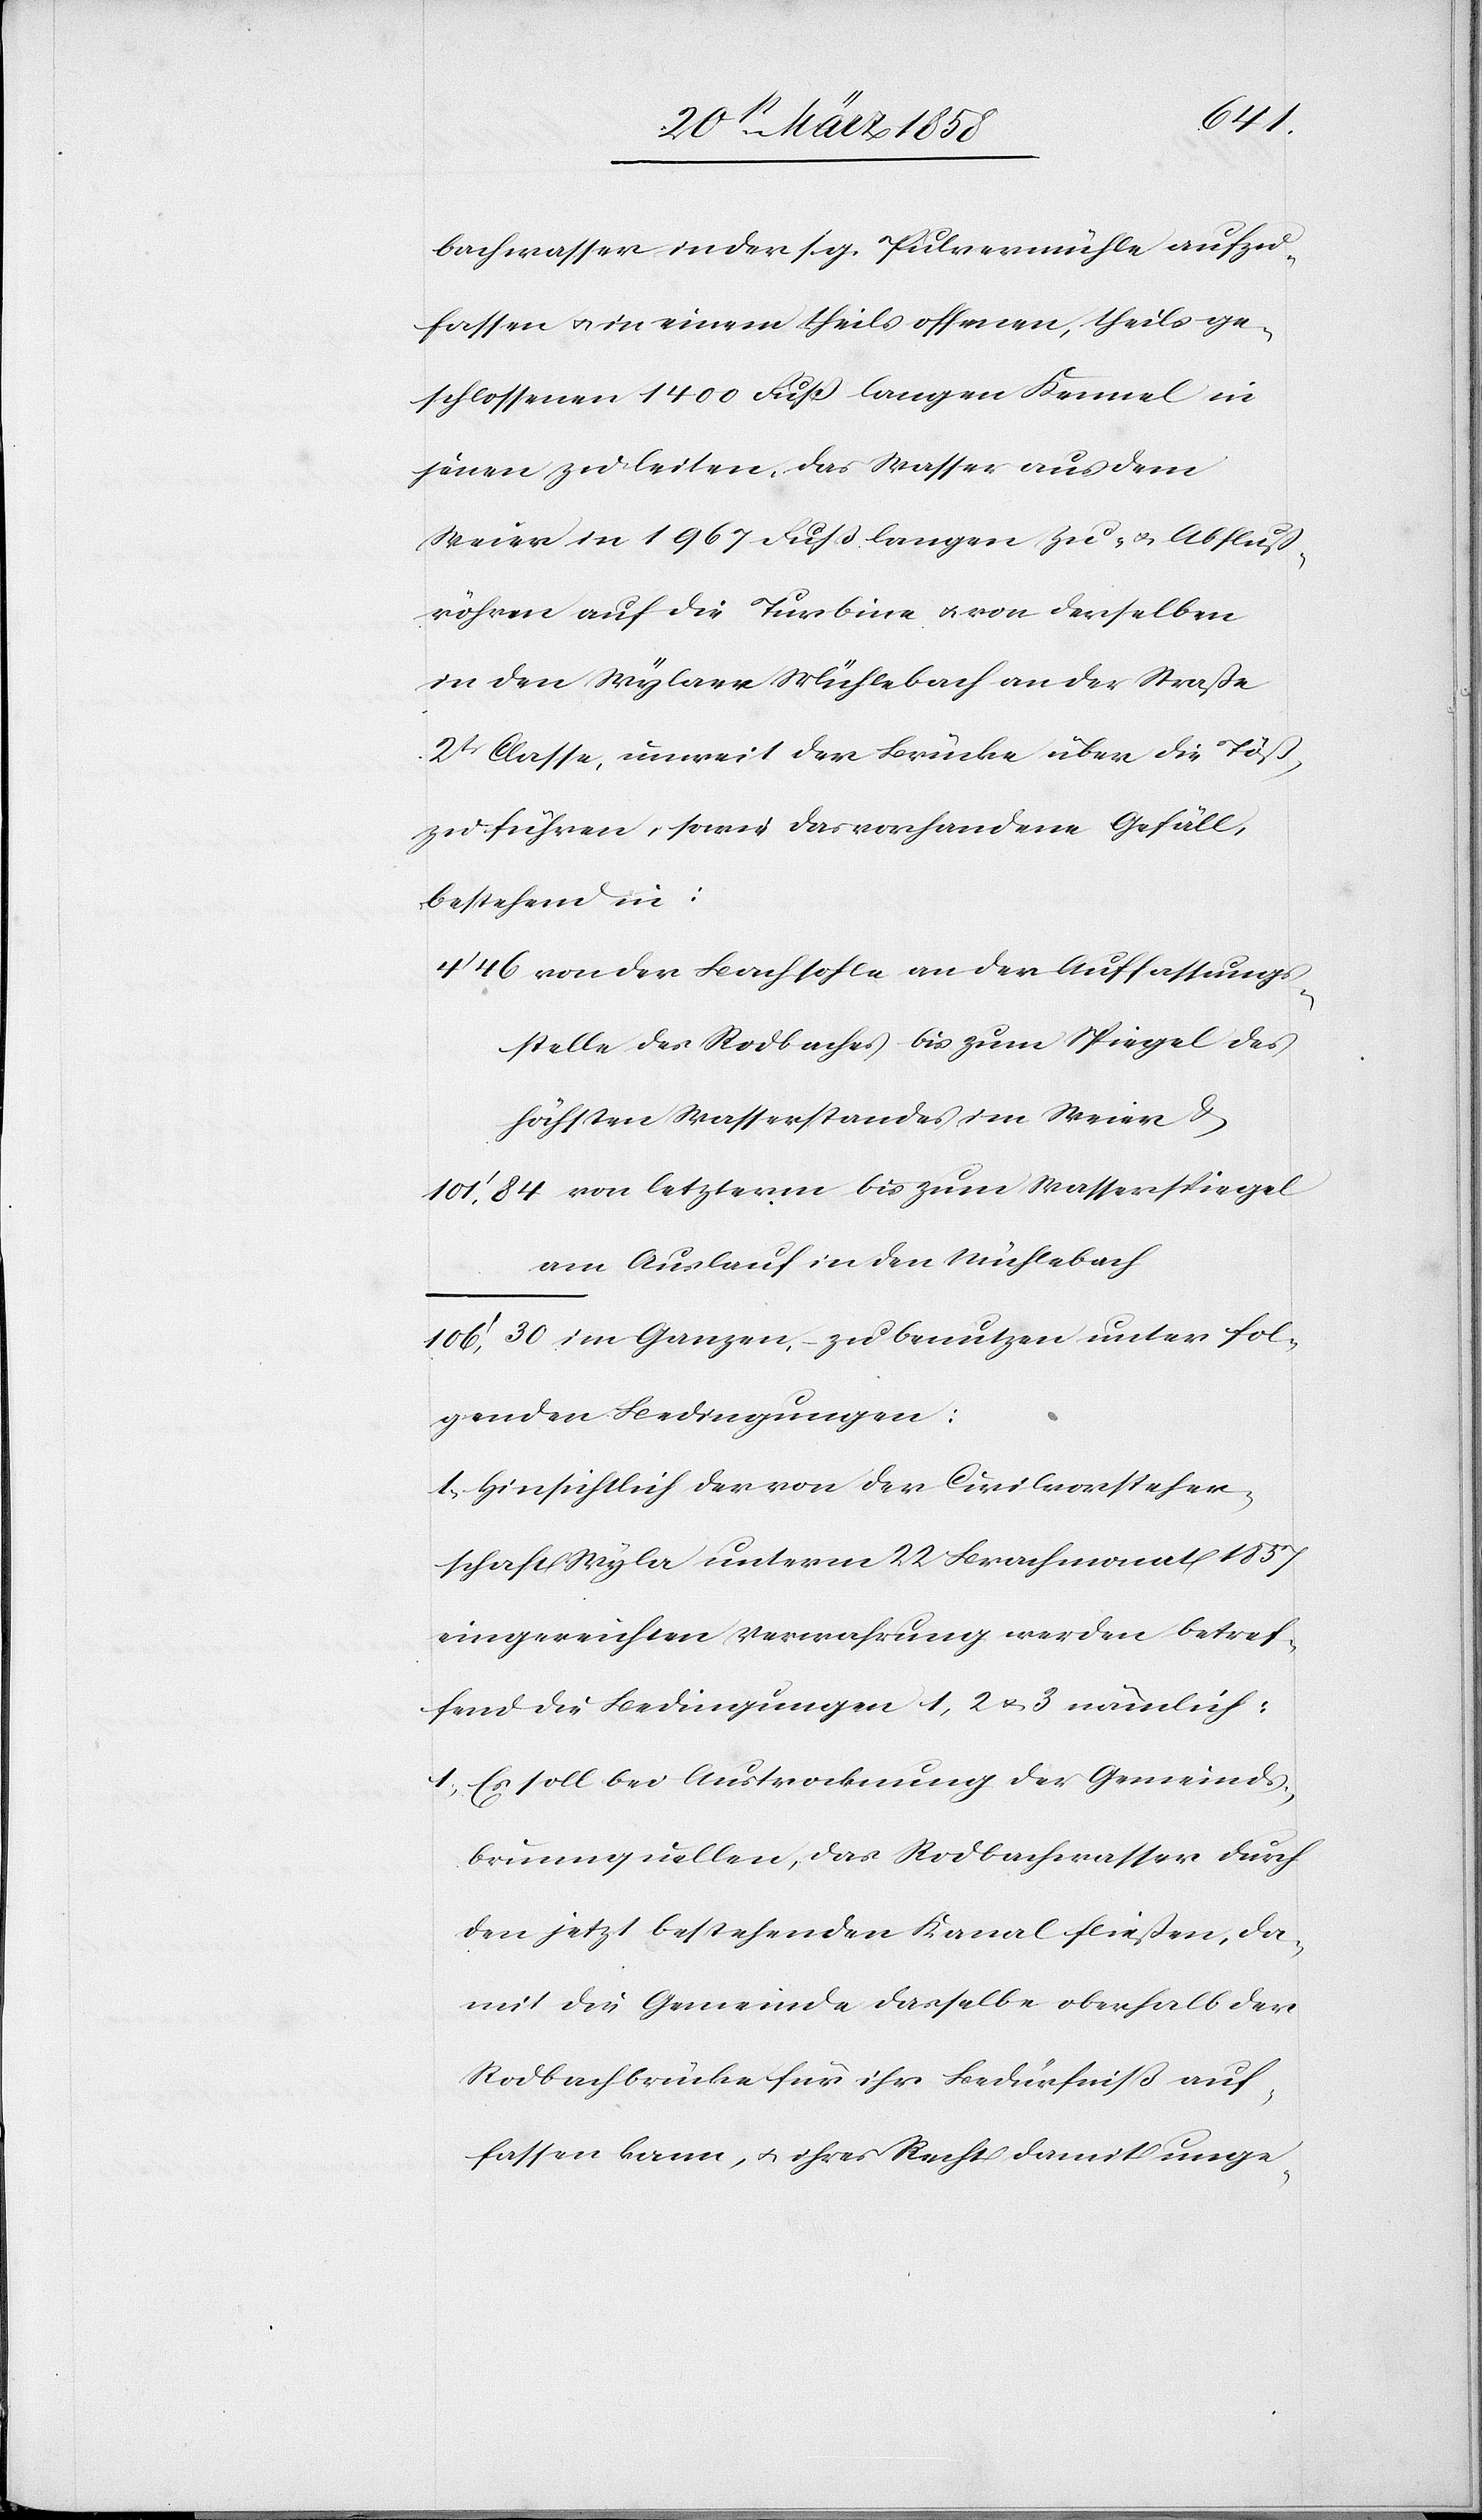
fol¬
bachwasser in der sog. Pulvermühle aufzu¬
fassen u. in einem theils offenen, theils ge¬
schlossenen 1400 Fuß langen Kennel in
jenen zu leiten. Das Wasser aus dem
Weier in 1967 Fuß langen Zu- u. Abfluß¬
röhren auf die Turbine u. von derselben
in den Wylaer Mühlebach an der Straße
2t Classe, unweit der Brücke über die Töß,
zu führen, sowie das vorhandene Gefäll,
bestehend in:
von der Bachsohle an der Auffangs¬
stelle des Rodbaches bis zum Spiegel des
höchsten Wasserstandes im Weier u.
am Auslauf in den Mühlebach
genden Bedingungen:
1. Hinsichtlich der von der Civilvorsteher¬
schaft Wyla unterm 22. Brachmonat 1857
eingereichten Verwahrung werden betref¬
fend die Bedingungen 1, 2 u. 3 nämlich:
1) Es soll bei Austrocknung der Gemeinds-B¬
runnquellen, das Rodbachwasser durch
den jetzt bestehenden Kanal fließen, da¬
mit die Gemeinde dasselbe oberhalb der
Rodbachbrücke für ihr Bedürfniß auf¬
fassen kann, u. ihres [sic!] Recht damit unge-